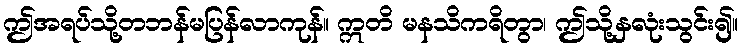
ဤအရပ်သို့တဘန်မပြန်လာကုန်။ ဣတိ မနသိကရိတွာ၊ ဤသို့နှလုံးသွင်း၍။